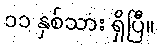
၁၁ နှစ်သား ရှိပြီ။